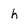
Character: h